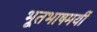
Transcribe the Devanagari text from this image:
भूतभाषमयीं